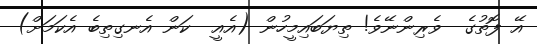
އޭ ފޮތުގެ  ވެރިންނޭވެ! ތިޔަބައިމީހުން (އެއީ  ކަން އެނގިތިބެ އެކަމަށް)